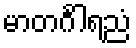
မာတင်္ဂါရညံ